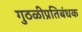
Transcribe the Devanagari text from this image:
गुठळीप्रतिबंधक